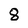
Character: 8